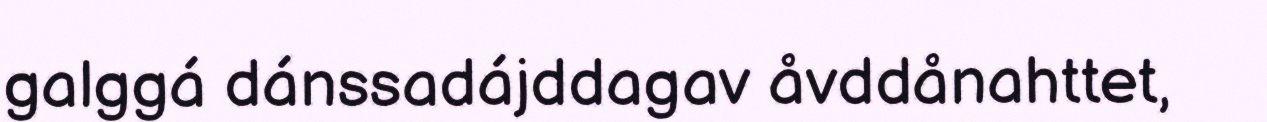
galggá dánssadájddagav åvddånahttet,